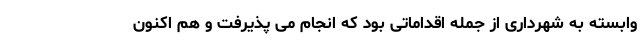
وابسته به شهرداری از جمله اقداماتی بود که انجام می پذیرفت و هم اکنون